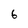
Character: 6